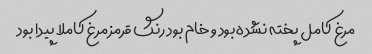
مرغ کامل پخته نشده بود و خام بود رنگ قرمز مرغ کاملا پیدا بود